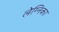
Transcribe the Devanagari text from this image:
लेग्निका